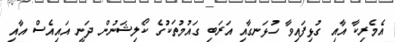
އެމެރިކާ އާއި ގުޅިފައިވާ ހުޅަނގާއި އަރަބި ގައުމުތަކުގެ ކޯލިޝަނުން ދަނީ އައިއެސް އާއި